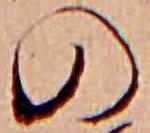
の